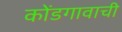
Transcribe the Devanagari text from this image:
कोंडगावाची